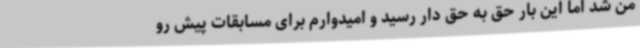
من شد اما این بار حق به حق دار رسید و امیدوارم برای مسابقات پیش رو